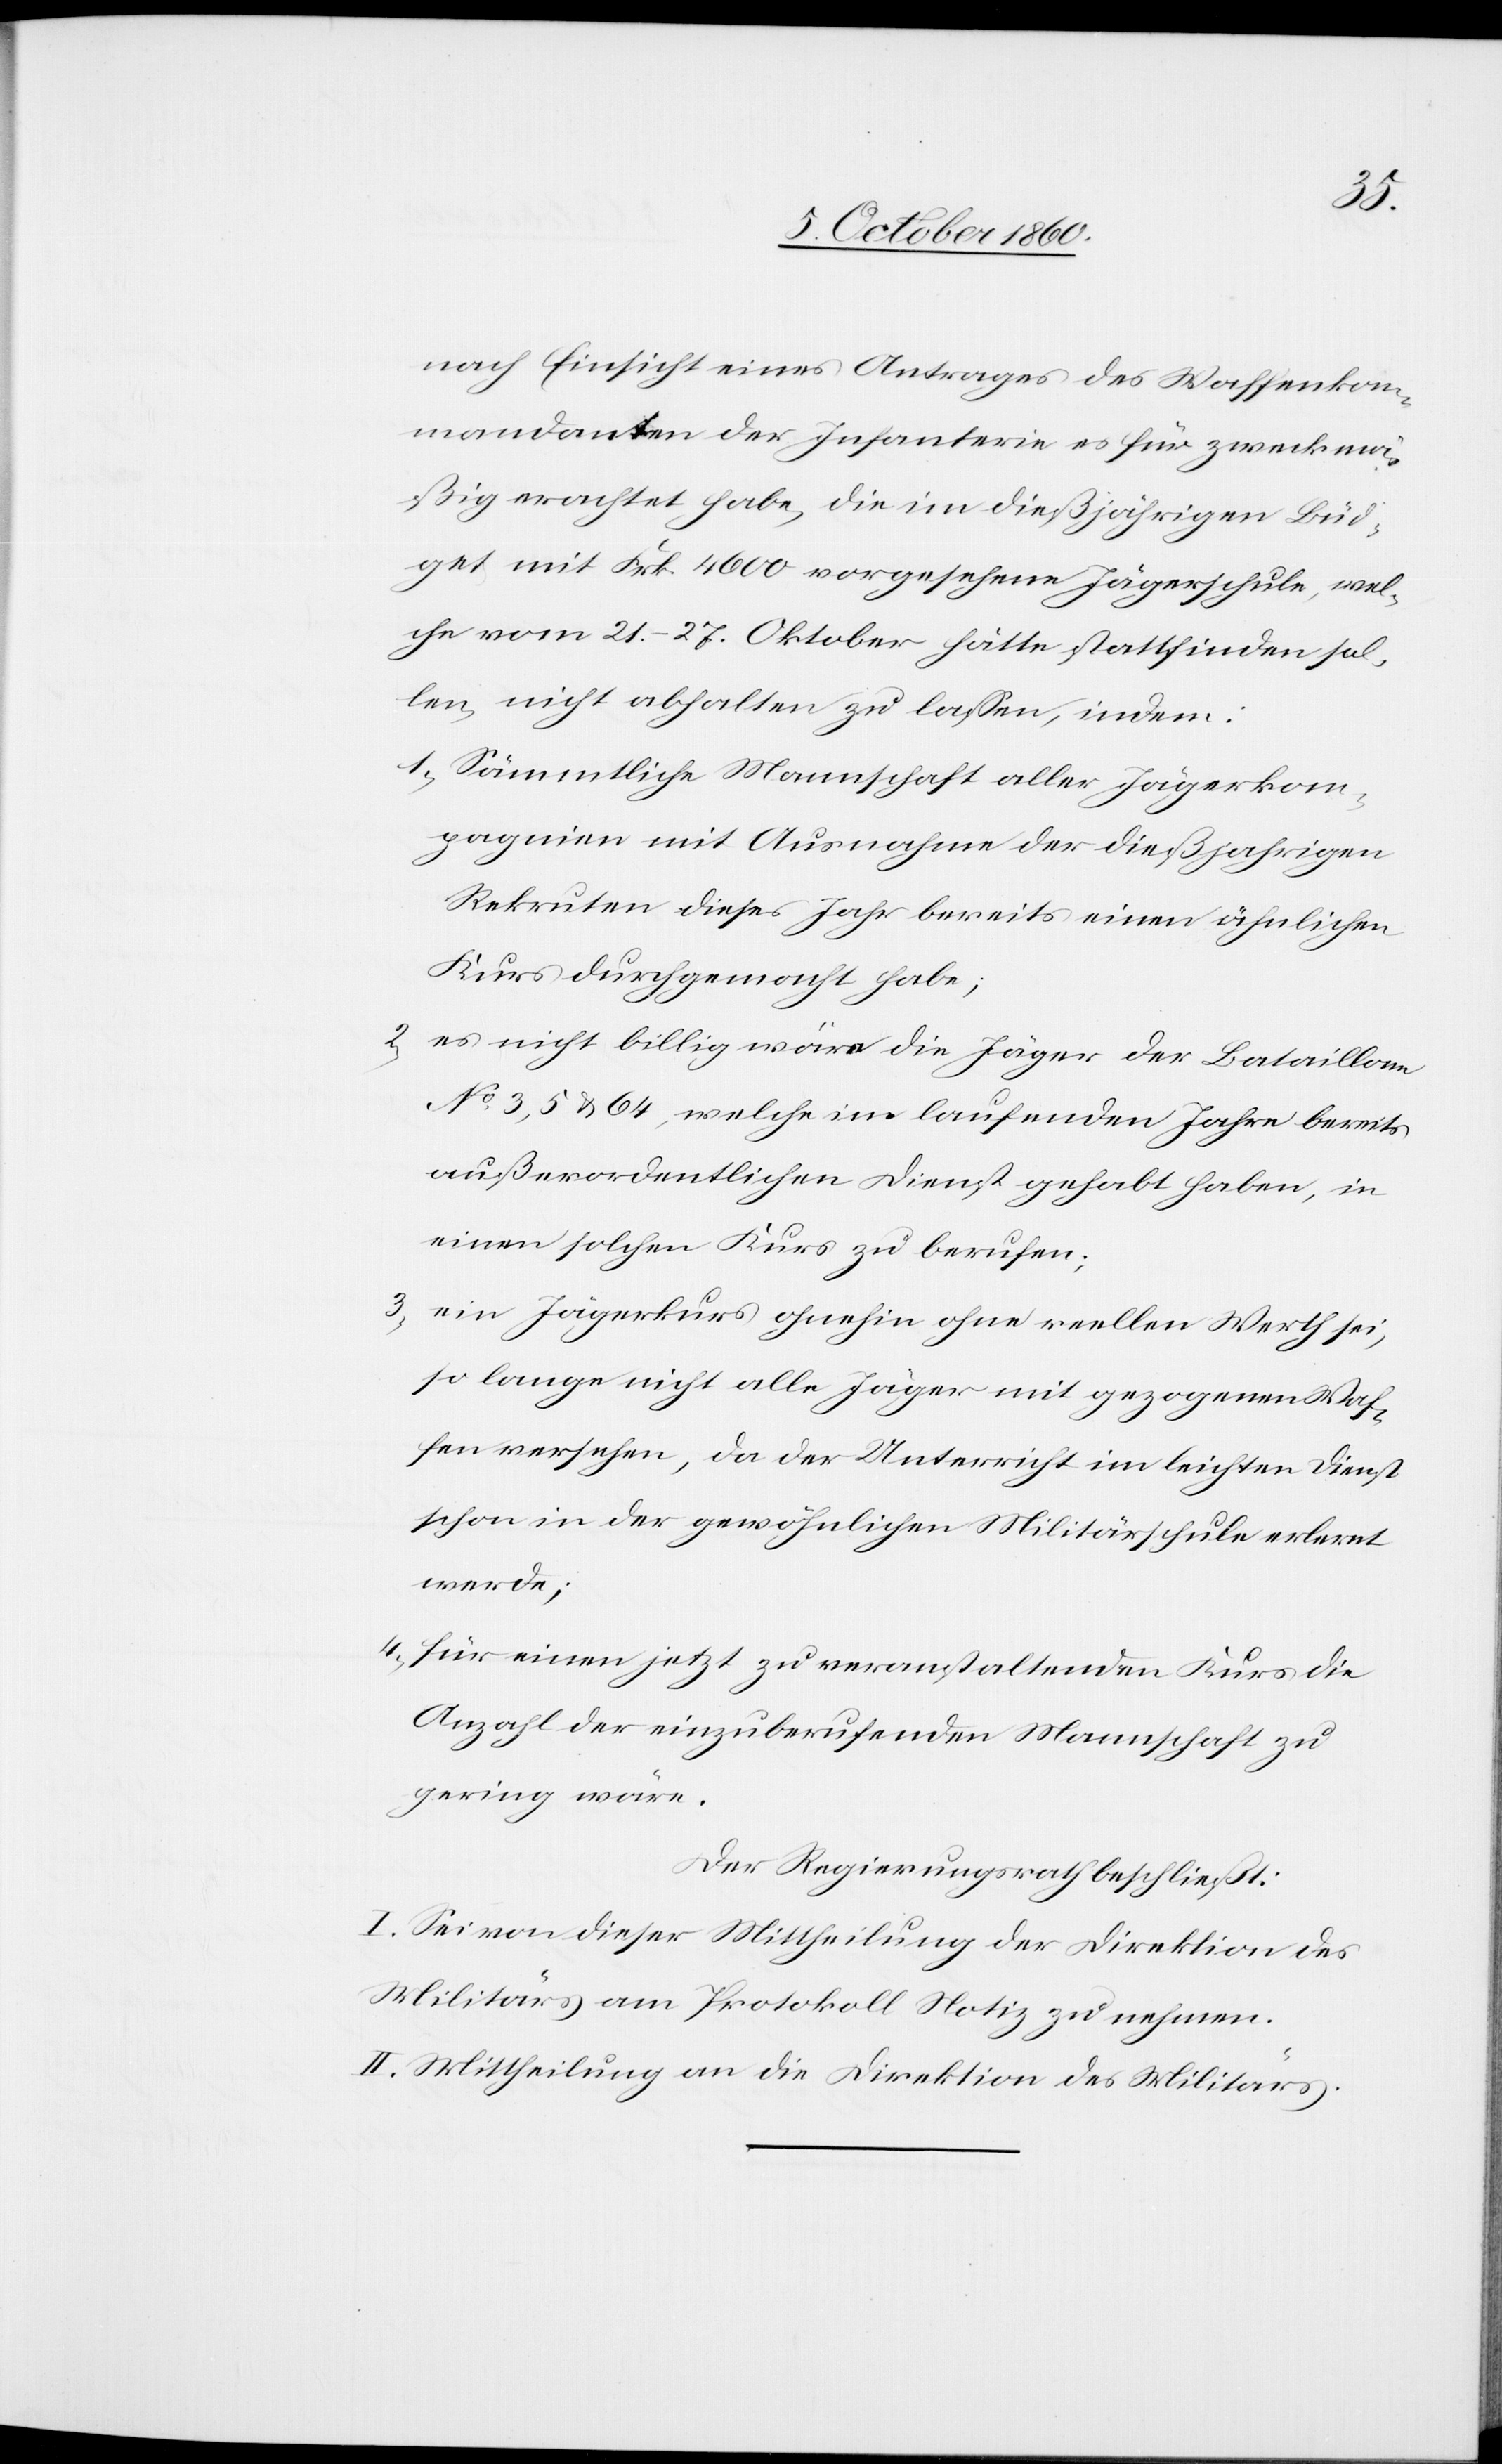
nach Einsicht eines Antrages des Wasserkom¬
mandanten der Infanterie es für zweckmä¬
ßig erachtet habe, die im dießjährigen Büd¬
get mir Frk. 4600 vorgesehene Jägerschule, wel¬
che vom 21.–27. Oktober hätte stattfinden sol¬
len, nicht abhalten zu lassen, indem:
1. sämmtliche Mannschaft aller Jägerkom¬
pagnien mit Ausnahme der dießjahrigen
Rekruten dieses Jahr bereits einen ähnlichen
Kurs durchgemacht habe;
2. es nicht billig wäre die Jäger der Bataillone
No 3, 5 u. 64, welche im laufenden Jahre bereits
außerordentlichen Dienst gehabt haben, in
einen solchen Kurs zu berufen;
3. ein Jägerkurs ohnehin ohne reellen Werth sei,
so lange nicht alle Jäger mit gezogenen Waf¬
fen versehen, da der Unterricht im leichten Dienst
schon in der gewöhnlichen Militärschule erlernt
werde,
4. für einen jetzt zu veranstaltenden Kurs die
Anzahl der einzuberufenden Mannschaft zu
gering wäre.
Der Regierungsrath beschließt:
I. Sei von dieser Mittheilung der Direktion des
Militärs am Protokoll Notiz zu nehmen.
II. Mittheilung an die Direktion des Militärs.